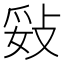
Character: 𢼻